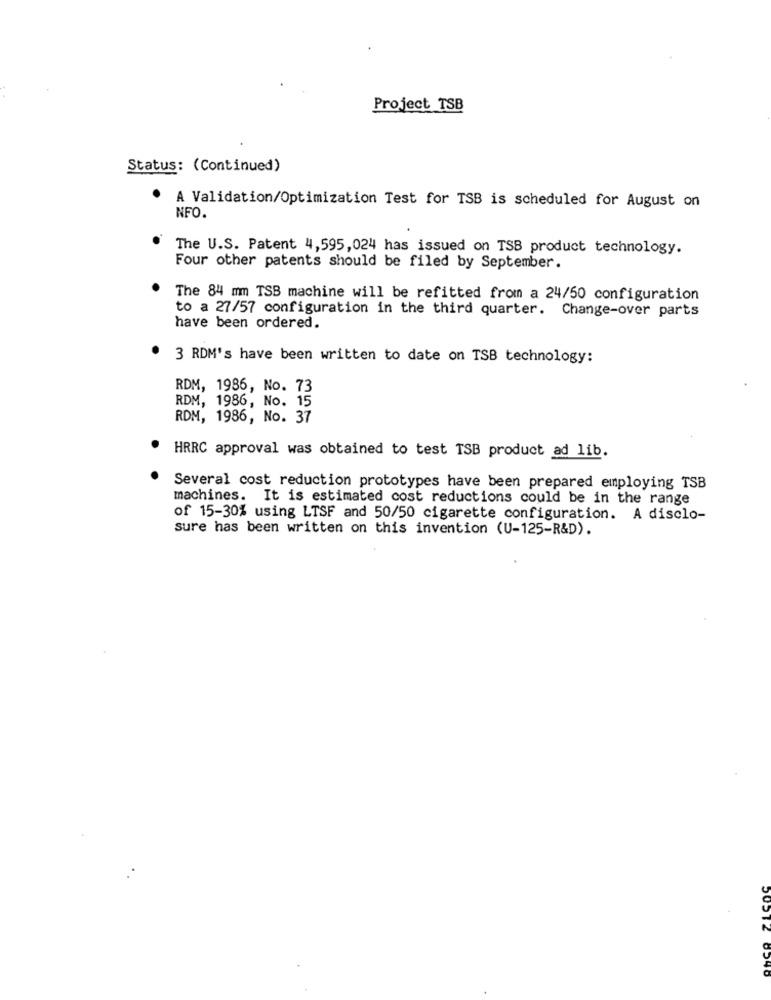
Project TSB
Status: (Continued)
A Validation/Optimization Test for TSB is scheduled for August on
NFO
The U.S. Patent 4,595,024 has issued on TSB product technology.
Four other patents should be filed by September.
The 84 mm TSB machine will be refitted from a 24/50 configuration
to a 27/57 configuration in the third quarter. Change-over parts
have been ordered.
3 RDM's have been written to date on TSB technology:
RDM, 1986, No. 73
RDM, 1986, No. 15
RDM, 1986, No. 37
HRRC approval was obtained to test TSB product ad lib.
Several cost reduction prototypes have been prepared employing TSB
machines. It is estimated cost reductions could be in the range
of 15-30% using LTSF and 50/50 cigarette configuration. A disclo-
sure has been written on this invention (U-125-R&D).